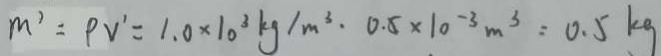
m ^ { 3 } = \rho v ^ { \prime } = 1 . 0 \times 1 0 ^ { 3 } k g / m ^ { 3 } . 0 . 5 \times 1 0 ^ { - 3 } m ^ { 3 } = 0 . 5 k g